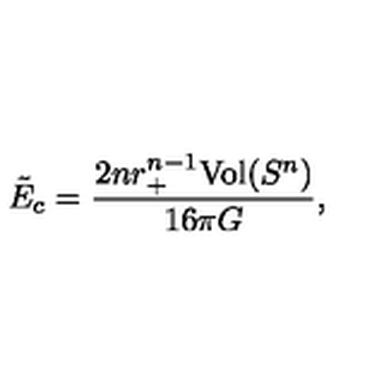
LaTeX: \tilde { E } _ { c } = \frac { 2 n r _ { + } ^ { n - 1 } \mathrm { V o l } ( S ^ { n } ) } { 1 6 \pi G } ,